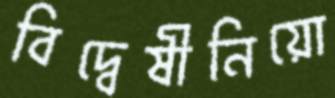
বিদ্বেষীনিয়ো